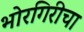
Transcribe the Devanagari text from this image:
भोरगिरीचा